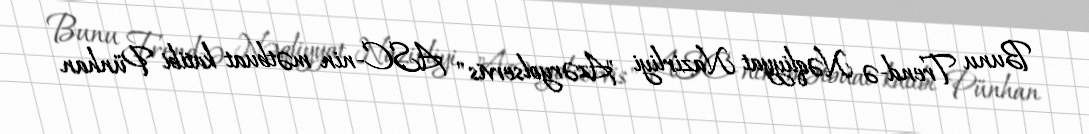
Bunu Trend-ə Nəqliyyat Nazirliyi "Azəryolservis" ASC-nin mətbuat katibi Pünhan